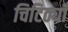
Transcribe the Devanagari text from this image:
चिटिठ्यॉँ